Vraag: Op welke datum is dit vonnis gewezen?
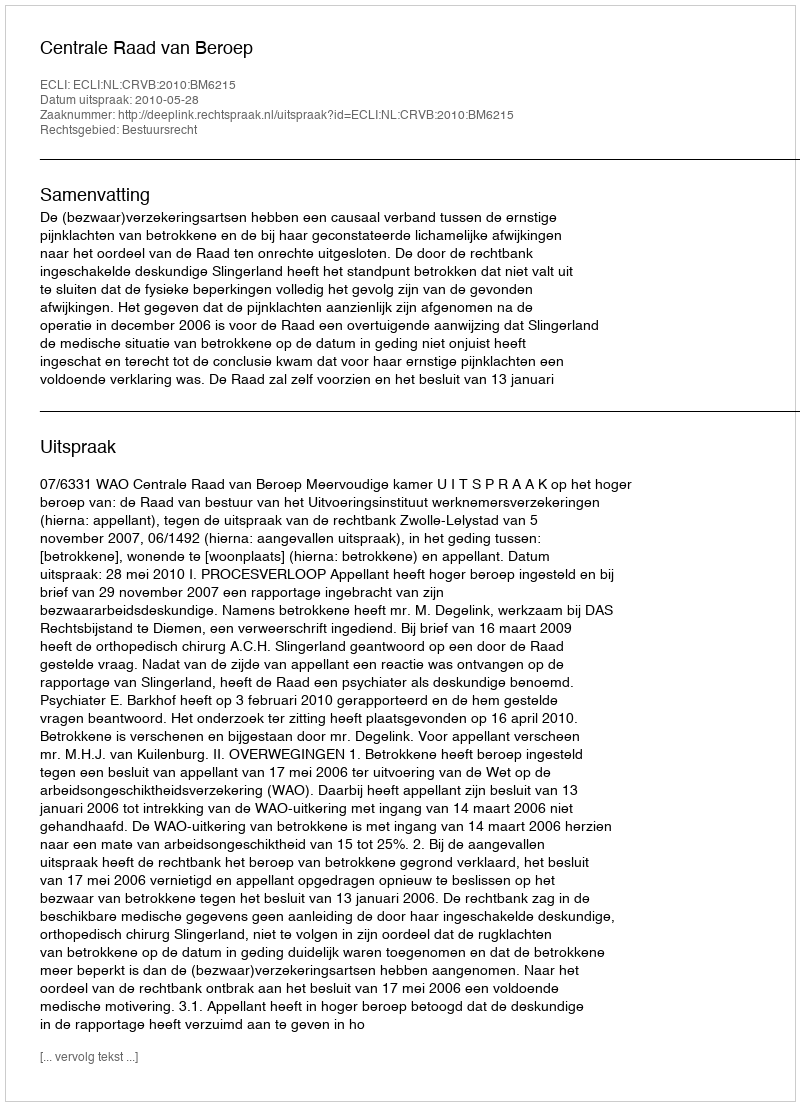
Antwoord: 2010-05-28